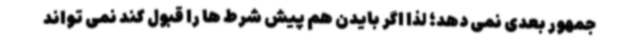
جمهور بعدی نمی دهد؛ لذا اگر بایدن هم پیش شرط ها را قبول کند نمی تواند